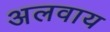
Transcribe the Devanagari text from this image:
अलवाय